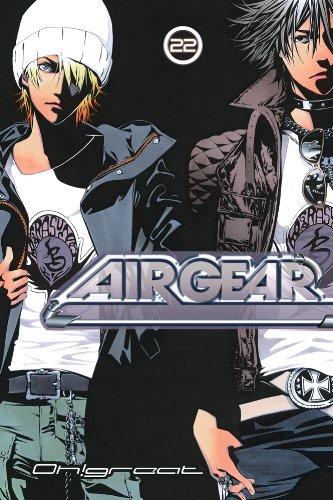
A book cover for Air Gear 22; Oh!Great; Comics & Graphic Novels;